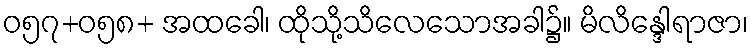
ဝ၅၇+ဝ၅၈+ အထခေါ၊ ထိုသို့သိလေသောအခါ၌။ မိလိန္ဒေါရာဇာ၊